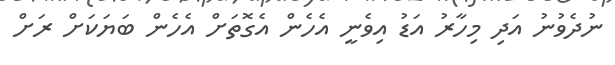
ނުދެވުނު އަދި މިހާރު އަޑު އިވެނީ އެހެން އެގޮތަށް އެހެން ބަޔަކަށް ރަށް